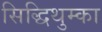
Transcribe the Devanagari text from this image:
सिद्धिथुम्का